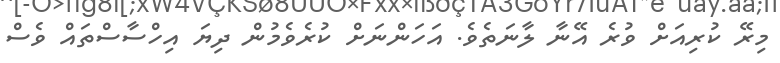
މިރޭ ކުރިއަށް ވުރެ އޭނާ ލާނަތެވެ. އަހަންނަށް ކުރެވެމުން ދިޔަ އިހްސާސްތައް ވެސް